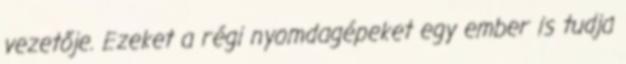
vezetője. Ezeket a régi nyomdagépeket egy ember is tudja